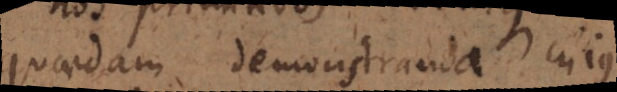
quaedam demonstranda cujus